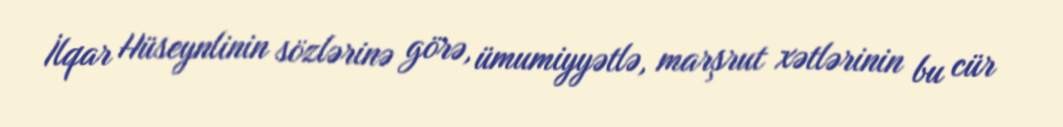
İlqar Hüseynlinin sözlərinə görə, ümumiyyətlə, marşrut xətlərinin bu cür